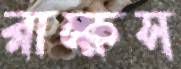
রাক্ষস